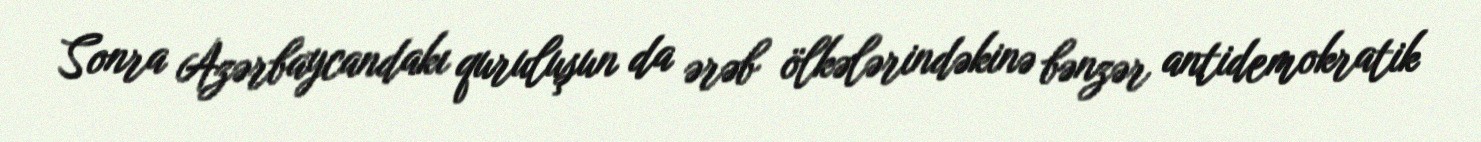
Sonra Azərbaycandakı quruluşun da ərəb ölkələrindəkinə bənzər antidemokratik